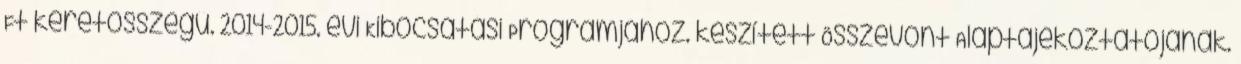
Ft keretösszegű. 2014-2015. évi Kibocsátási Programjához. készített Összevont Alaptájékoztatójának.